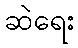
ဆဲရေး